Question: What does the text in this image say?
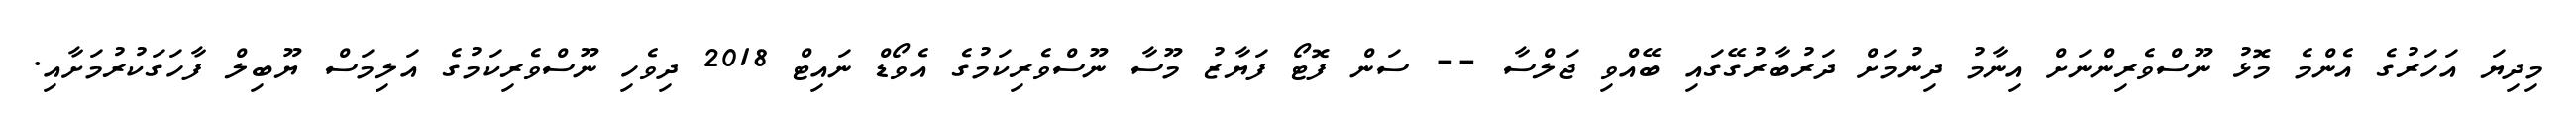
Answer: މިދިޔަ އަހަރުގެ އެންމެ މޮޅު ނޫސްވެރިންނަށް އިނާމު ދިނުމަށް ދަރުބާރުގޭގައި ބޭއްވި ޖަލްސާ -- ސަން ފޮޓޯ ފަޔާޒު މޫސާ ނޫސްވެރިކަމުގެ އެވޯޑް ނައިޓް 2018 ދިވެހި ނޫސްވެރިކަމުގެ އަލިމަސް ޔޫބިލް ފާހަގަކުރުމަށާއި.